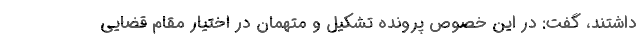
داشتند، گفت: در این خصوص پرونده تشکیل و متهمان در اختیار مقام قضایی